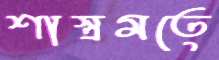
শাস্ত্রমতে